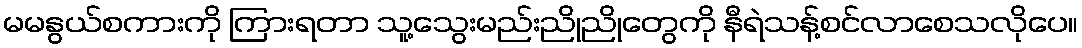
မမနွယ်စကားကို ကြားရတာ သူ့သွေးမည်းညိုညိုတွေကို နီရဲသန့်စင်လာစေသလိုပေ။